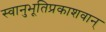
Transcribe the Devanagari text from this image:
स्वानुभूतिप्रकाशवान्